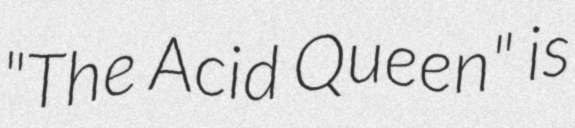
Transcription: "The Acid Queen" is